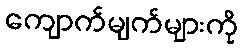
ကျောက်မျက်များကို